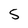
Character: 5